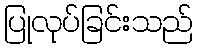
ပြုလုပ်ခြင်းသည်